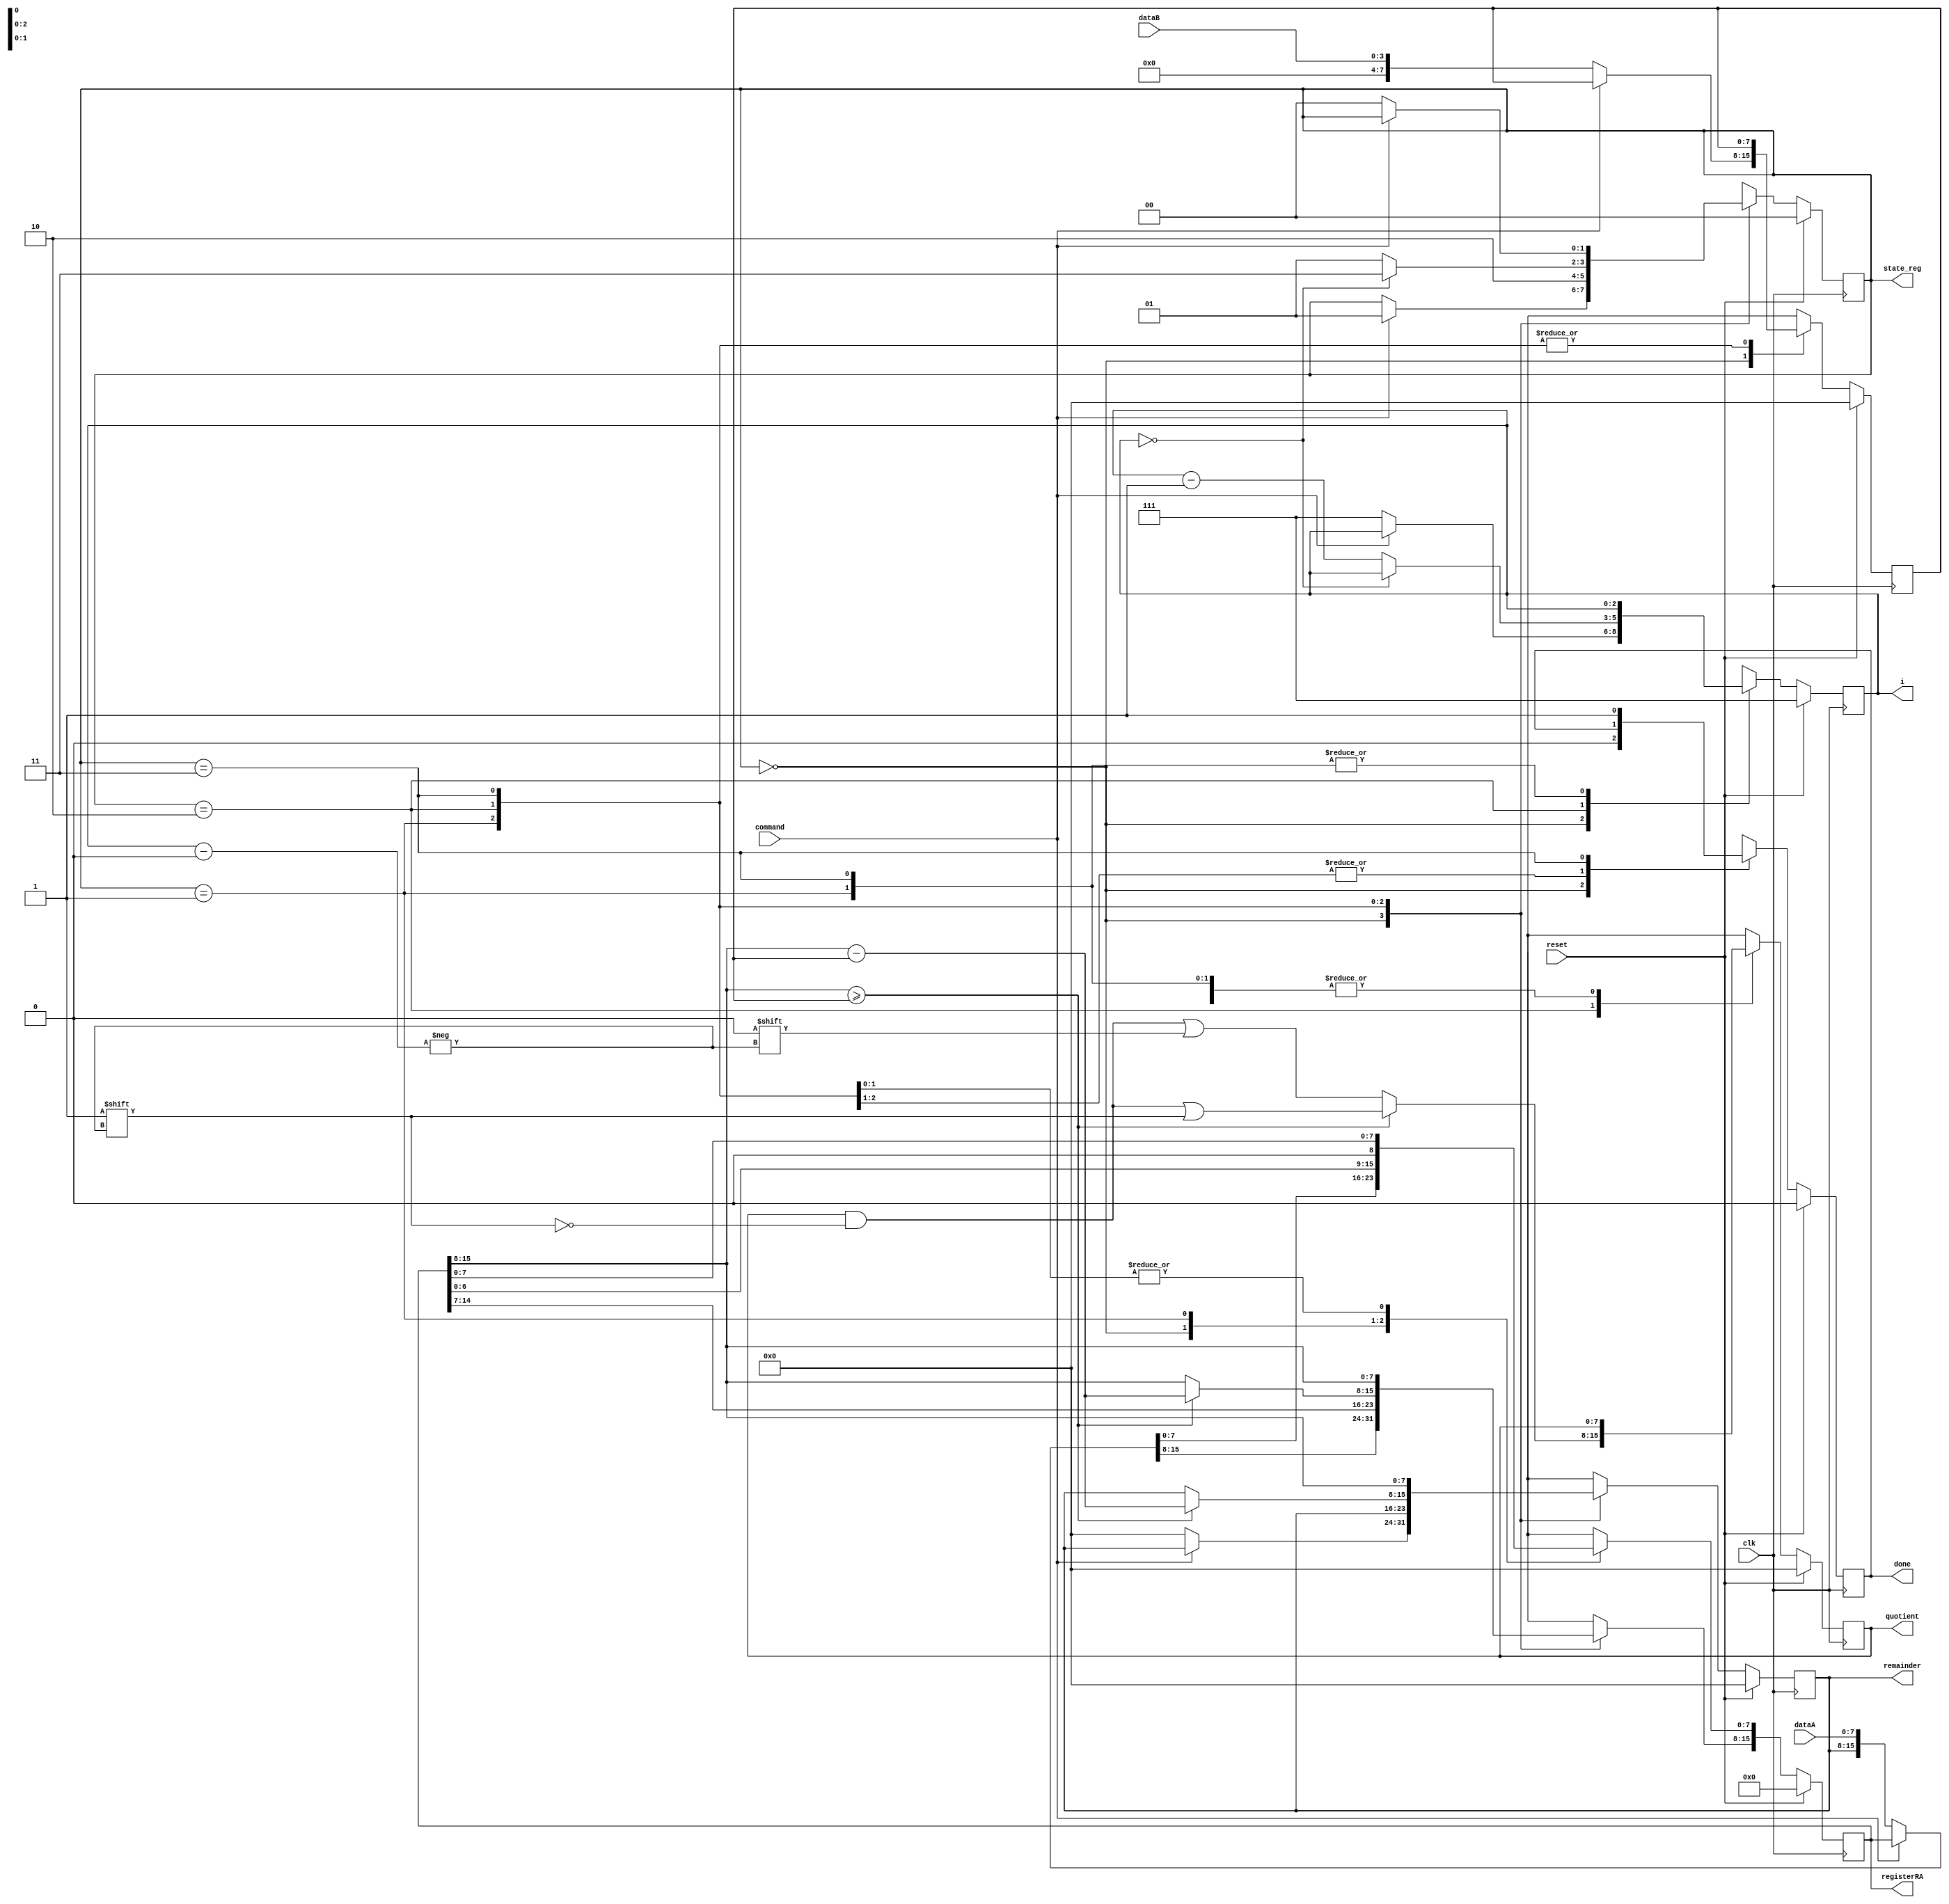
`timescale 1ns / 1ps
//////////////////////////////////////////////////////////////////////////////////
// Company: 
// Engineer: 
// 
// Design Name: 
// Module Name: divider
// Project Name: 
// Target Devices: 
// Tool Versions: 
// Description: 
// 
// Dependencies: 
// 
// Revision:
// Revision 0.01 - File Created
// Additional Comments:
// 
//////////////////////////////////////////////////////////////////////////////////


module divider
    #(  parameter   dividendWidth = 8,
        parameter   divisorWidth = 4
    )(
        input       clk,
        input       reset,
        input       command, 
        input       [dividendWidth-1:0] dataA,
        input       [divisorWidth-1:0] dataB,
        output reg  [dividendWidth-1:0] quotient,
        output reg  [dividendWidth-1:0] remainder,
        output reg  done,
        output reg  [2:0] i,
        output reg  [2*dividendWidth-1:0] registerRA,
        output reg  [1:0] state_reg
    );

    localparam [1:0]    S0 = 0,
                        S1 = 1,
                        S2 = 2,
                        S3 = 3;

    reg [1:0] state_next;
    reg [dividendWidth-1:0] registerA, registerA_next;
    reg [dividendWidth-1:0] registerB, registerB_next;
    reg [2*dividendWidth-1:0] registerRA_next;
    reg [dividendWidth-1:0] quotient_next;
    reg [dividendWidth-1:0] remainder_next;
    reg [2:0] i_next;
    reg done_next;


    always @(posedge clk) begin
        if (reset) begin
            state_reg       <= S0;
            registerA       <= 0;
            registerB       <= 0;
            registerRA      <= 0;
            quotient        <= 0;
            remainder       <= 0;
            i               <= dividendWidth - 1;
            done            <= 0;
        end else begin
            state_reg       <= state_next;
            registerA       <= registerA_next;
            registerB       <= registerB_next;
            registerRA      <= registerRA_next;
            quotient        <= quotient_next;
            remainder       <= remainder_next;
            i               <= i_next;
            done            <= done_next;
        end
    end

    always @(*) begin
        state_next          = state_reg;
        registerA_next      = registerA;  
        registerB_next      = registerB; 
        registerRA_next     = registerRA;
        quotient_next       = quotient;
        remainder_next      = remainder;  
        i_next              = i;
        done_next           = done;       
    
        case (state_reg)
            S0: begin
                    if (command) begin
                        state_next = S1;
                        done_next = 0;
                    end else begin
                        registerA_next = dataA;
                        registerB_next = {4'b0, dataB};
                        registerRA_next = {remainder, dataA};
                        remainder_next = 0;
                        i_next = dividendWidth - 1;
                        done_next = 0;
                    end
                end
            S1: begin
                    registerRA_next = {registerRA[2*dividendWidth-2:0], 1'b0}; // registerRA << 1;
                    state_next = S2;
                end
            S2: begin
                    if (registerRA[2*dividendWidth-1:dividendWidth] >= registerB) begin
                        quotient_next[i] = 1;
                        registerRA_next[2*dividendWidth-1:dividendWidth] = registerRA[2*dividendWidth-1:dividendWidth] - registerB;
                        remainder_next = registerRA_next[2*dividendWidth-1:dividendWidth];
                    end else begin
                        quotient_next[i] = 0;
                    end
                    if (!i) begin
                        state_next = S3;
                    end else begin
                        i_next = i - 1;
                        state_next = S1;
                    end
                end
            S3: begin
                    done_next = 1;
                    remainder_next = registerRA[2*dividendWidth-1:dividendWidth];
                    if (!command) begin
                        state_next = S0;
                    end
                end
            default: begin
                    state_next = S0;
                    done_next = 0;
                end 
        endcase

    end

endmodule